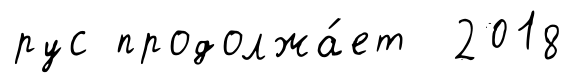
рус продолжа́ет 2018